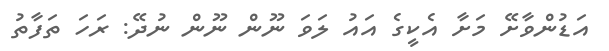
އަޑުންވާށޭ މަށާ އެކީގެ އައު ލަވަ ނޫން ނޫން ނުދޭ: ރަހަ ތަފާތު